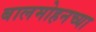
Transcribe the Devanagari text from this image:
बालमोहनच्या